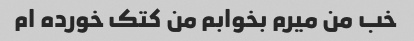
خب من میرم بخوابم من کتک خورده ام